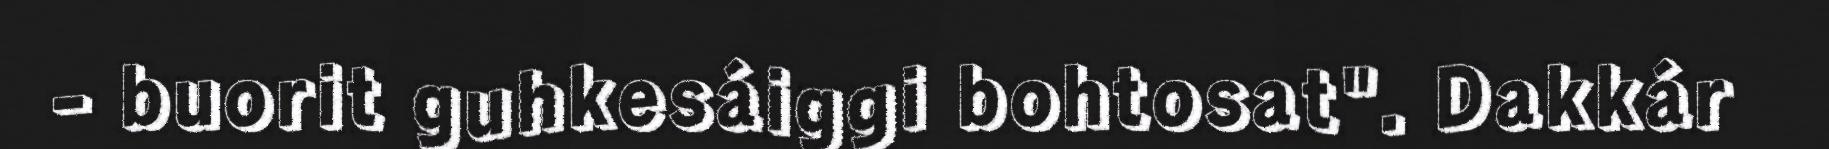
- buorit guhkesáiggi bohtosat". Dakkár